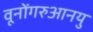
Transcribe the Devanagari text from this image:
वूनोंगरुआनयु